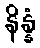
နိန္နံ